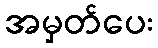
အမှတ်ပေး